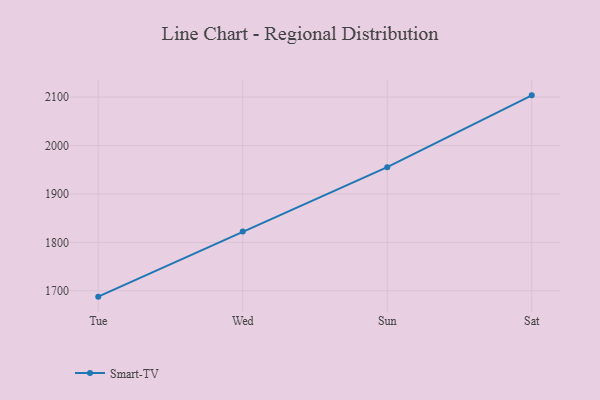
{"axis": {"x": "Day", "y": "Tickets Resolved"}, "legend": ["Smart-TV"], "data": [{"x": "Tue", "y": 1687.8, "type": "Smart-TV"}, {"x": "Wed", "y": 1822.3, "type": "Smart-TV"}, {"x": "Sun", "y": 1955.3, "type": "Smart-TV"}, {"x": "Sat", "y": 2103.7, "type": "Smart-TV"}]}